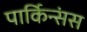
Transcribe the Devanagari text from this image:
पार्किन्संस